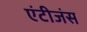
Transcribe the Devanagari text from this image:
एंटीजंस